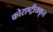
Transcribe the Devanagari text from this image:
कोराष्ट्रीयकृत